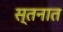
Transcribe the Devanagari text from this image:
स्तनात